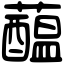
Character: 𧂯